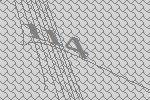
114